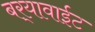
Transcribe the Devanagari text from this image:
बर्‍यावाईट